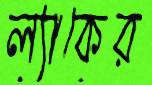
ল্যাকের